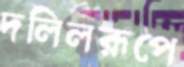
দলিলরূপে